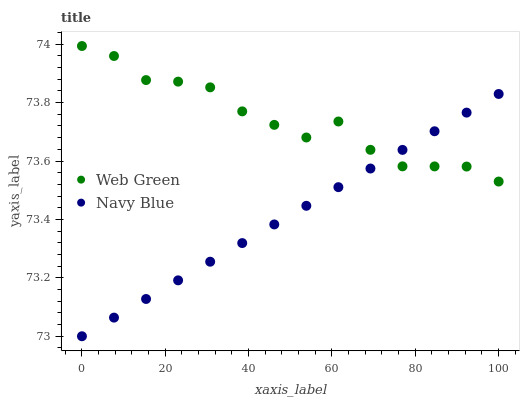
| xaxis_label | Web Green | Navy Blue |
 | --- | --- | --- |
 | 0 | 74 | 73 |
 | 7.69 | 74 | 73.1 |
 | 15.4 | 73.9 | 73.1 |
 | 23.1 | 73.9 | 73.2 |
 | 30.8 | 73.9 | 73.3 |
 | 38.5 | 73.8 | 73.3 |
 | 46.2 | 73.7 | 73.4 |
 | 53.8 | 73.7 | 73.4 |
 | 61.5 | 73.7 | 73.5 |
 | 69.2 | 73.6 | 73.6 |
 | 76.9 | 73.6 | 73.6 |
 | 84.6 | 73.6 | 73.7 |
 | 92.3 | 73.6 | 73.8 |
 | 100 | 73.5 | 73.8 |